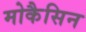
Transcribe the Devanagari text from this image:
मोकैसिन